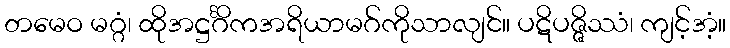
တမေဝ မဂ္ဂံ၊ ထိုအဋ္ဌင်္ဂိကအရိယာမဂ်ကိုသာလျင်။ ပဋိပဇ္ဇိဿံ၊ ကျင့်အံ့။